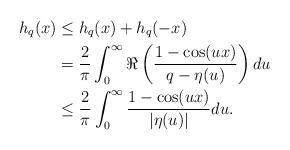
LaTeX: \begin{align*}h_q(x) &\leq h_q(x) + h_q(-x)\\&=\frac{2}{\pi}\int^\infty_0 \Re\left( \frac{1-\cos(ux)}{q-\eta(u)} \right)du\\&\leq \frac{2}{\pi}\int^\infty_0 \frac{1-\cos(ux)}{|\eta(u)|}du.\end{align*}